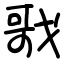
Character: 戨